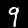
Label: 9